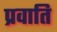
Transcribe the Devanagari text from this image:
प्रवाति